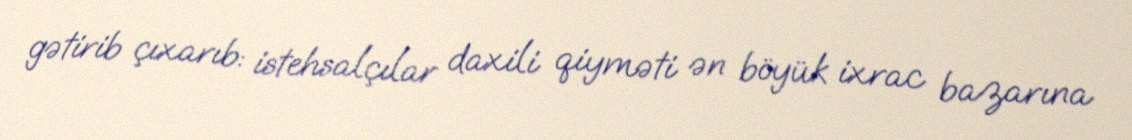
gətirib çıxarıb: istehsalçılar daxili qiyməti ən böyük ixrac bazarına